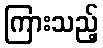
ကြားသည့်